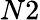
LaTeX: N2